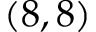
( 8 , 8 )